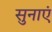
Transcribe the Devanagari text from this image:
सुनाएं